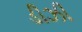
ડીઝી